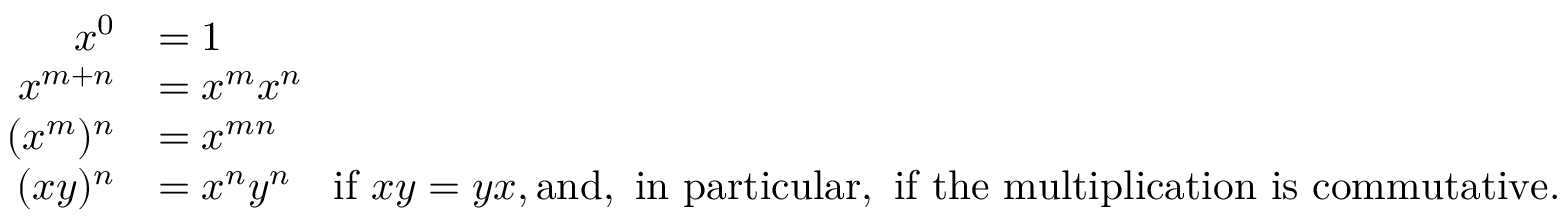
{ \begin{array} { r l } { x ^ { 0 } } & { = 1 } \\ { x ^ { m + n } } & { = x ^ { m } x ^ { n } } \\ { ( x ^ { m } ) ^ { n } } & { = x ^ { m n } } \\ { ( x y ) ^ { n } } & { = x ^ { n } y ^ { n } \quad { \mathrm { i f ~ } } x y = y x , { \mathrm { a n d , ~ i n ~ p a r t i c u l a r , ~ i f ~ t h e ~ m u l t i p l i c a t i o n ~ i s ~ c o m m u t a t i v e . } } } \end{array} }